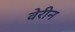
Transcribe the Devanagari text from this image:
वेरीन